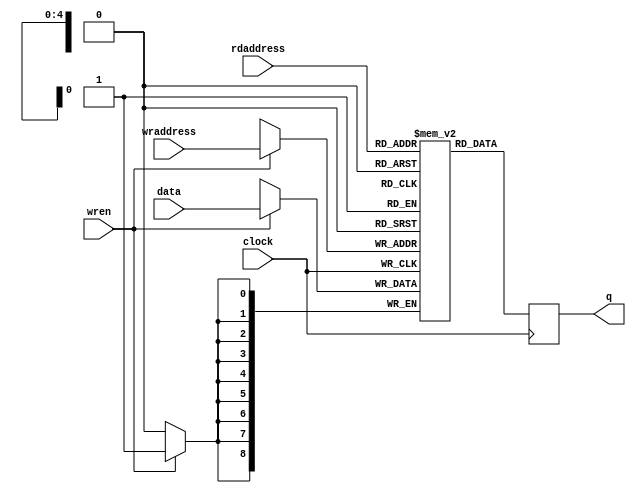
module ram_9x32_2p
	(
	input			clock,
	input			wren,
	input	[4:0]		wraddress,
	input	[4:0]		rdaddress,
	input	[8:0]		data,
	output	reg	[8:0]	q 
	);

reg	[8:0]	mem_a [0:31];

always @(posedge clock) if(wren) mem_a[wraddress] <= data;

always @(posedge clock) q <= mem_a[rdaddress];


endmodule